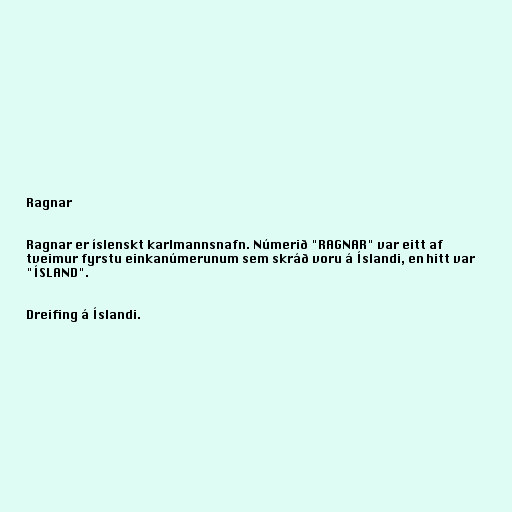
Ragnar

Ragnar er íslenskt karlmannsnafn. Númerið "RAGNAR" var eitt af
tveimur fyrstu einkanúmerunum sem skráð voru á Íslandi, en hitt var
"ÍSLAND".

Dreifing á Íslandi.